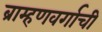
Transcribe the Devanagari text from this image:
ब्राम्हणवर्गाची